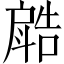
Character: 𣂋